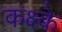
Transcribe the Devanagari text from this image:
कक्ष्के